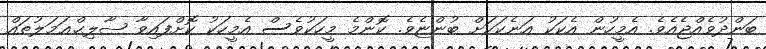
ބަންދުވެއްޖެއެވެ. އެމީހުން އެކަކު އަނެކަކަށް ބުންޏެވެ. ކޮންމެ މީހަކުވެސް އެމީހަކު ކޮށްފައިވާ ޞާލިޙްޢަމަލުތައް